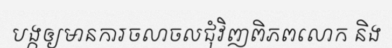
បង្កឲ្យមានការចលាចលជុំវិញពិភពលោក និង